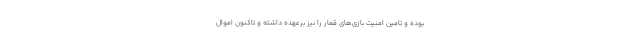
بوده و تامین امنیت بازی‌های قمار را نیز برعهده داشته و تاکنون اموال